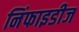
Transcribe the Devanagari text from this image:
निंफाइडीज